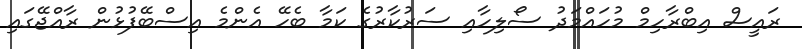
ރައީސް އިބްރާހިމް މުހައްމަދު ސޯލިހާއި ސަރުކާރުގެ ކަމާ ބެހޭ އެންމެ އިސްބޭފުޅުން ރާއްޖޭގައި